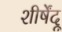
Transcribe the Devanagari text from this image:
शीर्षेंदू